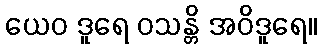
ယေဝ ဒူရေ ဝသန္တိ အဝိဒူရေ။